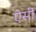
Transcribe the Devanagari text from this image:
ऐसीं